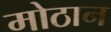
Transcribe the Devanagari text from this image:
मोठान